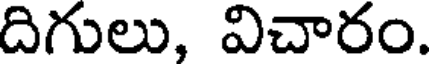
దిగులు, విచారం.